Vaccination in Bombay 1902-1912 - 1902-1912
Year: 1902
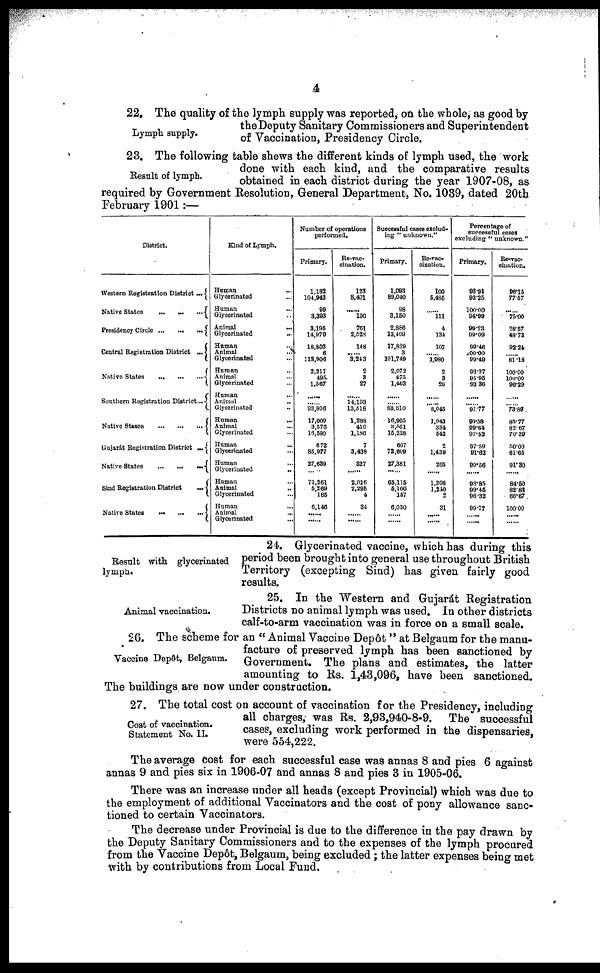
4
Lymph supply.
22. The quality of the lymph supply was reported, on the whole, as good by
the Deputy Sanitary Commissioners and Superintendent
of Vaccination, Presidency Circle.
Result of lymph.
23. The following table shews the different kinds of lymph used, the work
done with each kind, and the comparative results
obtained in each district during the year 1907-08, as
required by Government Resolution, General Department, No. 1039, dated 20th
February 1901 :—
District.
Western Registration District ...
Native States
... ... ...
Presidency Circle
... ... ...
Central Registration District ...
Native States
...
...
...
Southern Registration District...
Native States
...
...
...
Gujarát Registration District ...
Native States
...
...
...
Sind Registration District
...
Native States
...
...
...
Kind of Lymph.
Human ...
Glycerinated ...
Human ...
Glycerinated ...
Animal
...
Glycerinated
...
Human ...
Animal ...
Glycerinated ...
Human ...
Animal ...
Glycerinated ...
Human
...
Animal
...
Glycerinated
...
Human
...
Animal ...
Glycerinated ...
Human
...
Glycerinated ...
Human ...
Glycerinated
...
Human ...
Animal
...
Glycerinated ...
Human ...
Animal ...
Glycerinated ...
Number of operations
performed.
Primary.
1,182
104,943
99
3,393
3,195
14,979
18,803
6
113,906
2,217
495.
1,567
......
...... 93,806
17,009
3,576
16,590
672
85,977
27,639
......
71,261
5,269
165
6,146
......
......
Re-vac-
cination.
123
8,491
......
190
761
2,528
148
...... 3,243
2
3
27
......
14,193
13,518
1,288
410
1,186
7
3,438
327
......
2,016
2,295
4
34
......
......
Successful cases exclud-
ing " unknown."
Primary.
1,093
89,040
98
3,150
2,886
13,469
17,829
3
101,749
2,072
475
1,463
......
...... 83,610
16,905
3,561
15,228
607
72,609
27,381
......
65,115
5,106
157
6,030
......
......
Re-vac-
cination.
100
5,485
......
111
4
134
107
...... 1,980
2
3
26
......
8,045
1,043
334
542
2
1,439
265
......
1,308
1,240
2
31
......
......
Percentage of
successful cases
excluding " unknown."
Primary.
98.91
93.25
100.00
94.99
99.23
99.09
99.46
100.00
99.49
93.37
95.95
93.36
......
...... 97.77
99.58
99.64
97.52
97.59
91.62
99.56
......
98.85
99.45
96.32
99.77
......
......
Re-vac-
cination.
96.15
77.57
75.00
28.57
48.73
92.24
...... 81.18
100.00
100.00
96.29
......
...... 73.89
85.77
82.67
70.39
50.00
61.65
91.30
......
84.50
82.83
66.67
100.00
......
......
Result with glycerinated
lymph.
24. Glycerinated vaccine, which has during this
period been brought into general use throughout British
Territory (excepting Sind) has given fairly good
results.
Animal vaccination.
25. In the Western and Gujarát Registration
Districts no animal lymph was used. In other districts
calf-to-arm vaccination was in force on a small scale.
Vaccine Depôt, Belgaum.
26. The scheme for an " Animal Vaccine Depôt " at Belgaum for the manu-
facture of preserved lymph has been sanctioned by
Government. The plans and estimates, the latter
amounting to Rs. 1,43,096, have been sanctioned.
The buildings are now under construction.
Cost of vaccination.
Statement No. II.
27. The total cost on account of vaccination for the Presidency, including
all charges, was Rs. 2,93,940-8-9. The successful
cases, excluding work performed in the dispensaries,
were 554,222.
The average cost for each successful case was annas 8 and pies 6 against
annas 9 and pies six in 1906-07 and annas 8 and pies 3 in 1905-06.
There was an increase under all heads (except Provincial) which was due to
the employment of additional Vaccinators and the cost of pony allowance sanc-
tioned to certain Vaccinators.
The decrease under Provincial is due to the difference in the pay drawn by
the Deputy Sanitary Commissioners and to the expenses of the lymph procured
from the Vaccine Depôt, Belgaum, being excluded; the latter expenses being met
with by contributions from Local Fund.